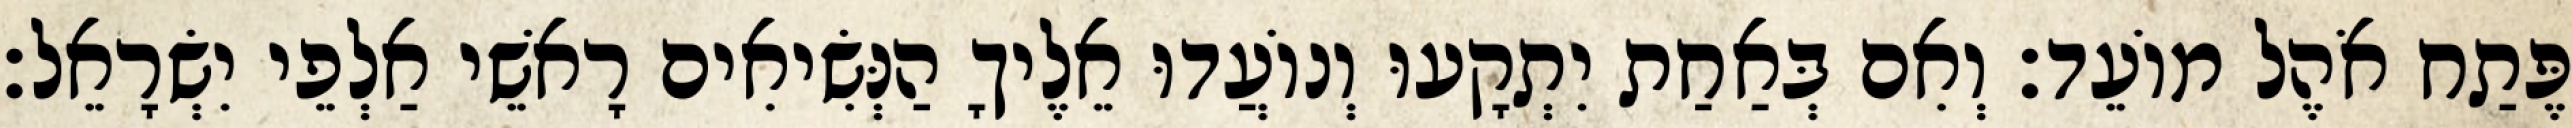
פֶּתַח אֹהֶל מוֹעֵד׃ וְאִם בְּאַחַת יִתְקָעוּ וְנוֹעֲדוּ אֵלֶיךָ הַנְּשִׂיאִים רָאשֵׁי אַלְפֵי יִשְׂרָאֵל׃